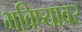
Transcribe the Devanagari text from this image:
भविष्यावर